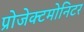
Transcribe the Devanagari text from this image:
प्रोजेक्टमोनिटर